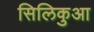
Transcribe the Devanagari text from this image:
सिलिकुआ